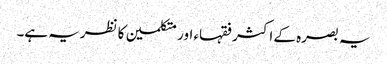
یہ بصرہ کے اکثر فقہاء اور متکلمین کا نظریہ ہے۔